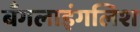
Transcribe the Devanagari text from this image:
बँगलाइंगलिश